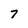
Character: 7